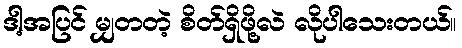
ဒါ့အပြင် မျှတတဲ့ စိတ်ရှိဖို့လဲ လိုပါသေးတယ်။